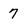
Character: 7